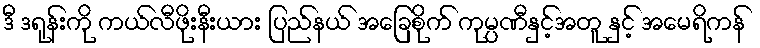
ဒီ ဒရုန်းကို ကယ်လီဖိုးနီးယား ပြည်နယ် အခြေစိုက် ကုမ္ပဏီနှင့်အတူ နှင့် အမေရိကန်